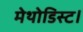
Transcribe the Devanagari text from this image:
मेथोडिस्ट।